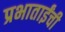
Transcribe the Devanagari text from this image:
प्रभाताईंची